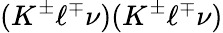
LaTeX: (K^{\pm}\ell^{\mp}\nu)(K^{\pm}\ell^{\mp}\nu)